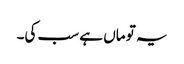
یہ تو ماں ہے سب کی۔